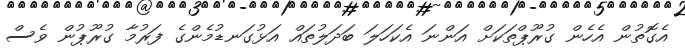
އެގޮތުން އެހެން ގުރޫޕްތަކަށް އަންނަ އެކަހަލަ ބަދަލުތައް އަޅުގަނޑުމެންގެ ފަރުމާ ގުރޫޕުން ވެސް